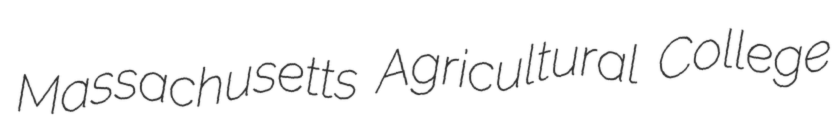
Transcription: Massachusetts Agricultural College